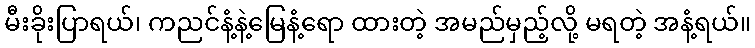
မီးခိုးပြာရယ်၊ ကညင်နံ့နဲ့မြေနံ့ရော ထားတဲ့ အမည်မှည့်လို့ မရတဲ့ အနံ့ရယ်။